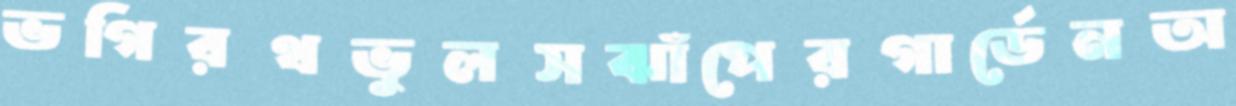
ভগিরথভুলসঝাঁপেরগার্ডেনঅ